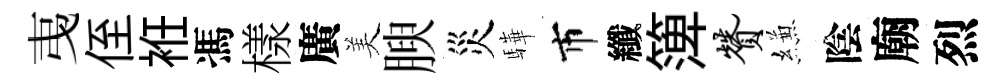
𢎯侄袵馮樣廣美腴災驊市纖𥱼赞縑陰廟烈